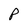
Character: P